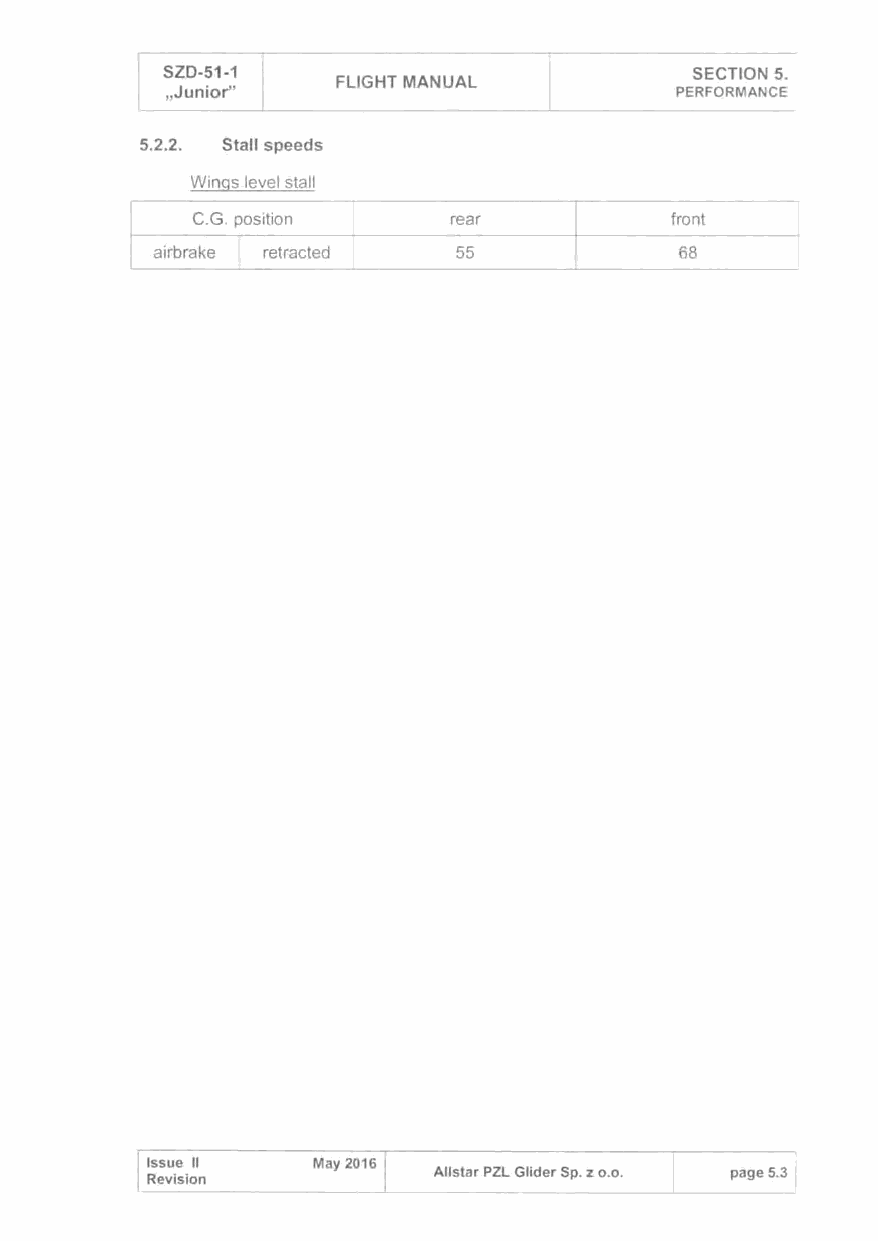
SZD-51-1                           SECTION 5.
 FLIGHT MANUAL
 ,Junior"                          PERFORMANCE
 5.2.2. Stall speeds
 Winqs level stall
 C.G. position    rear          front    I
 airbrake I retracted 55            68      I
 Issue 11   May 2016
 All star PZL Glider Sp. z o.o. page 5.3
 Revision